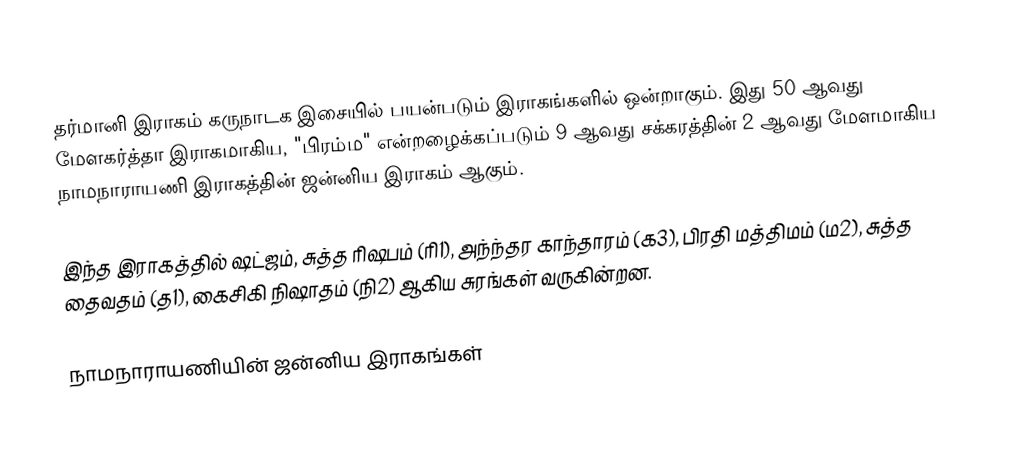
தர்மானி இராகம் கருநாடக இசையில் பயன்படும் இராகங்களில் ஒன்றாகும். இது 50 ஆவது மேளகர்த்தா இராகமாகிய, "பிரம்ம" என்றழைக்கப்படும் 9 ஆவது சக்கரத்தின் 2 ஆவது மேளமாகிய நாமநாராயணி இராகத்தின் ஜன்னிய இராகம் ஆகும்.

இந்த இராகத்தில் ஷட்ஜம், சுத்த ரிஷபம் (ரி1),  அந்ந்தர காந்தாரம் (க3), பிரதி மத்திமம் (ம2), சுத்த தைவதம் (த1), கைசிகி நிஷாதம்  (நி2) ஆகிய சுரங்கள் வருகின்றன.

நாமநாராயணியின் ஜன்னிய இராகங்கள்